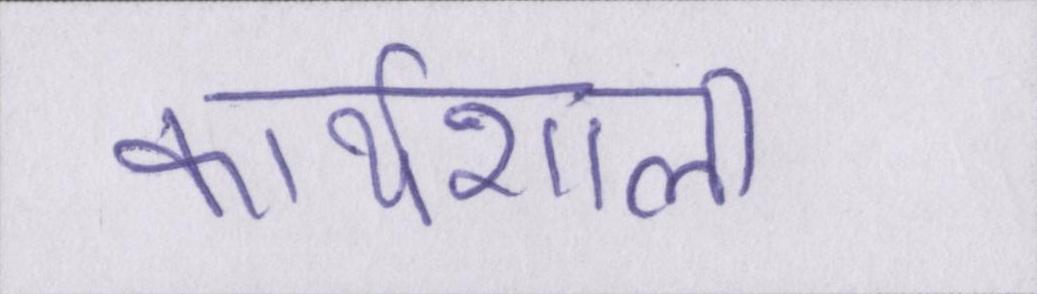
कार्यशाला